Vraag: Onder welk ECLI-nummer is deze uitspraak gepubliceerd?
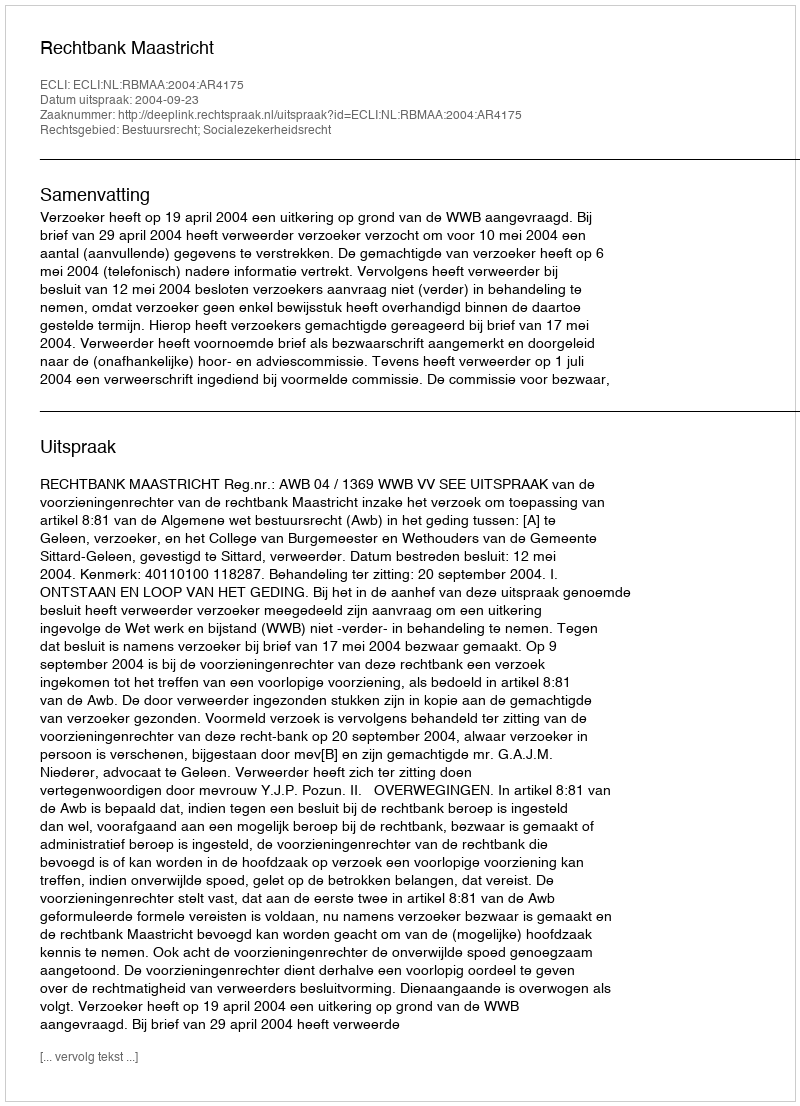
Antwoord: ECLI:NL:RBMAA:2004:AR4175